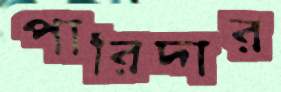
পারিদার